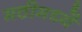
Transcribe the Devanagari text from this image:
मठीमध्यें